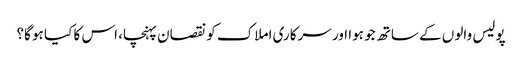
پولیس والوں کے ساتھ جو ہوا اور سرکاری املاک کو نقصان پہنچا، اس کا کیا ہو گا؟